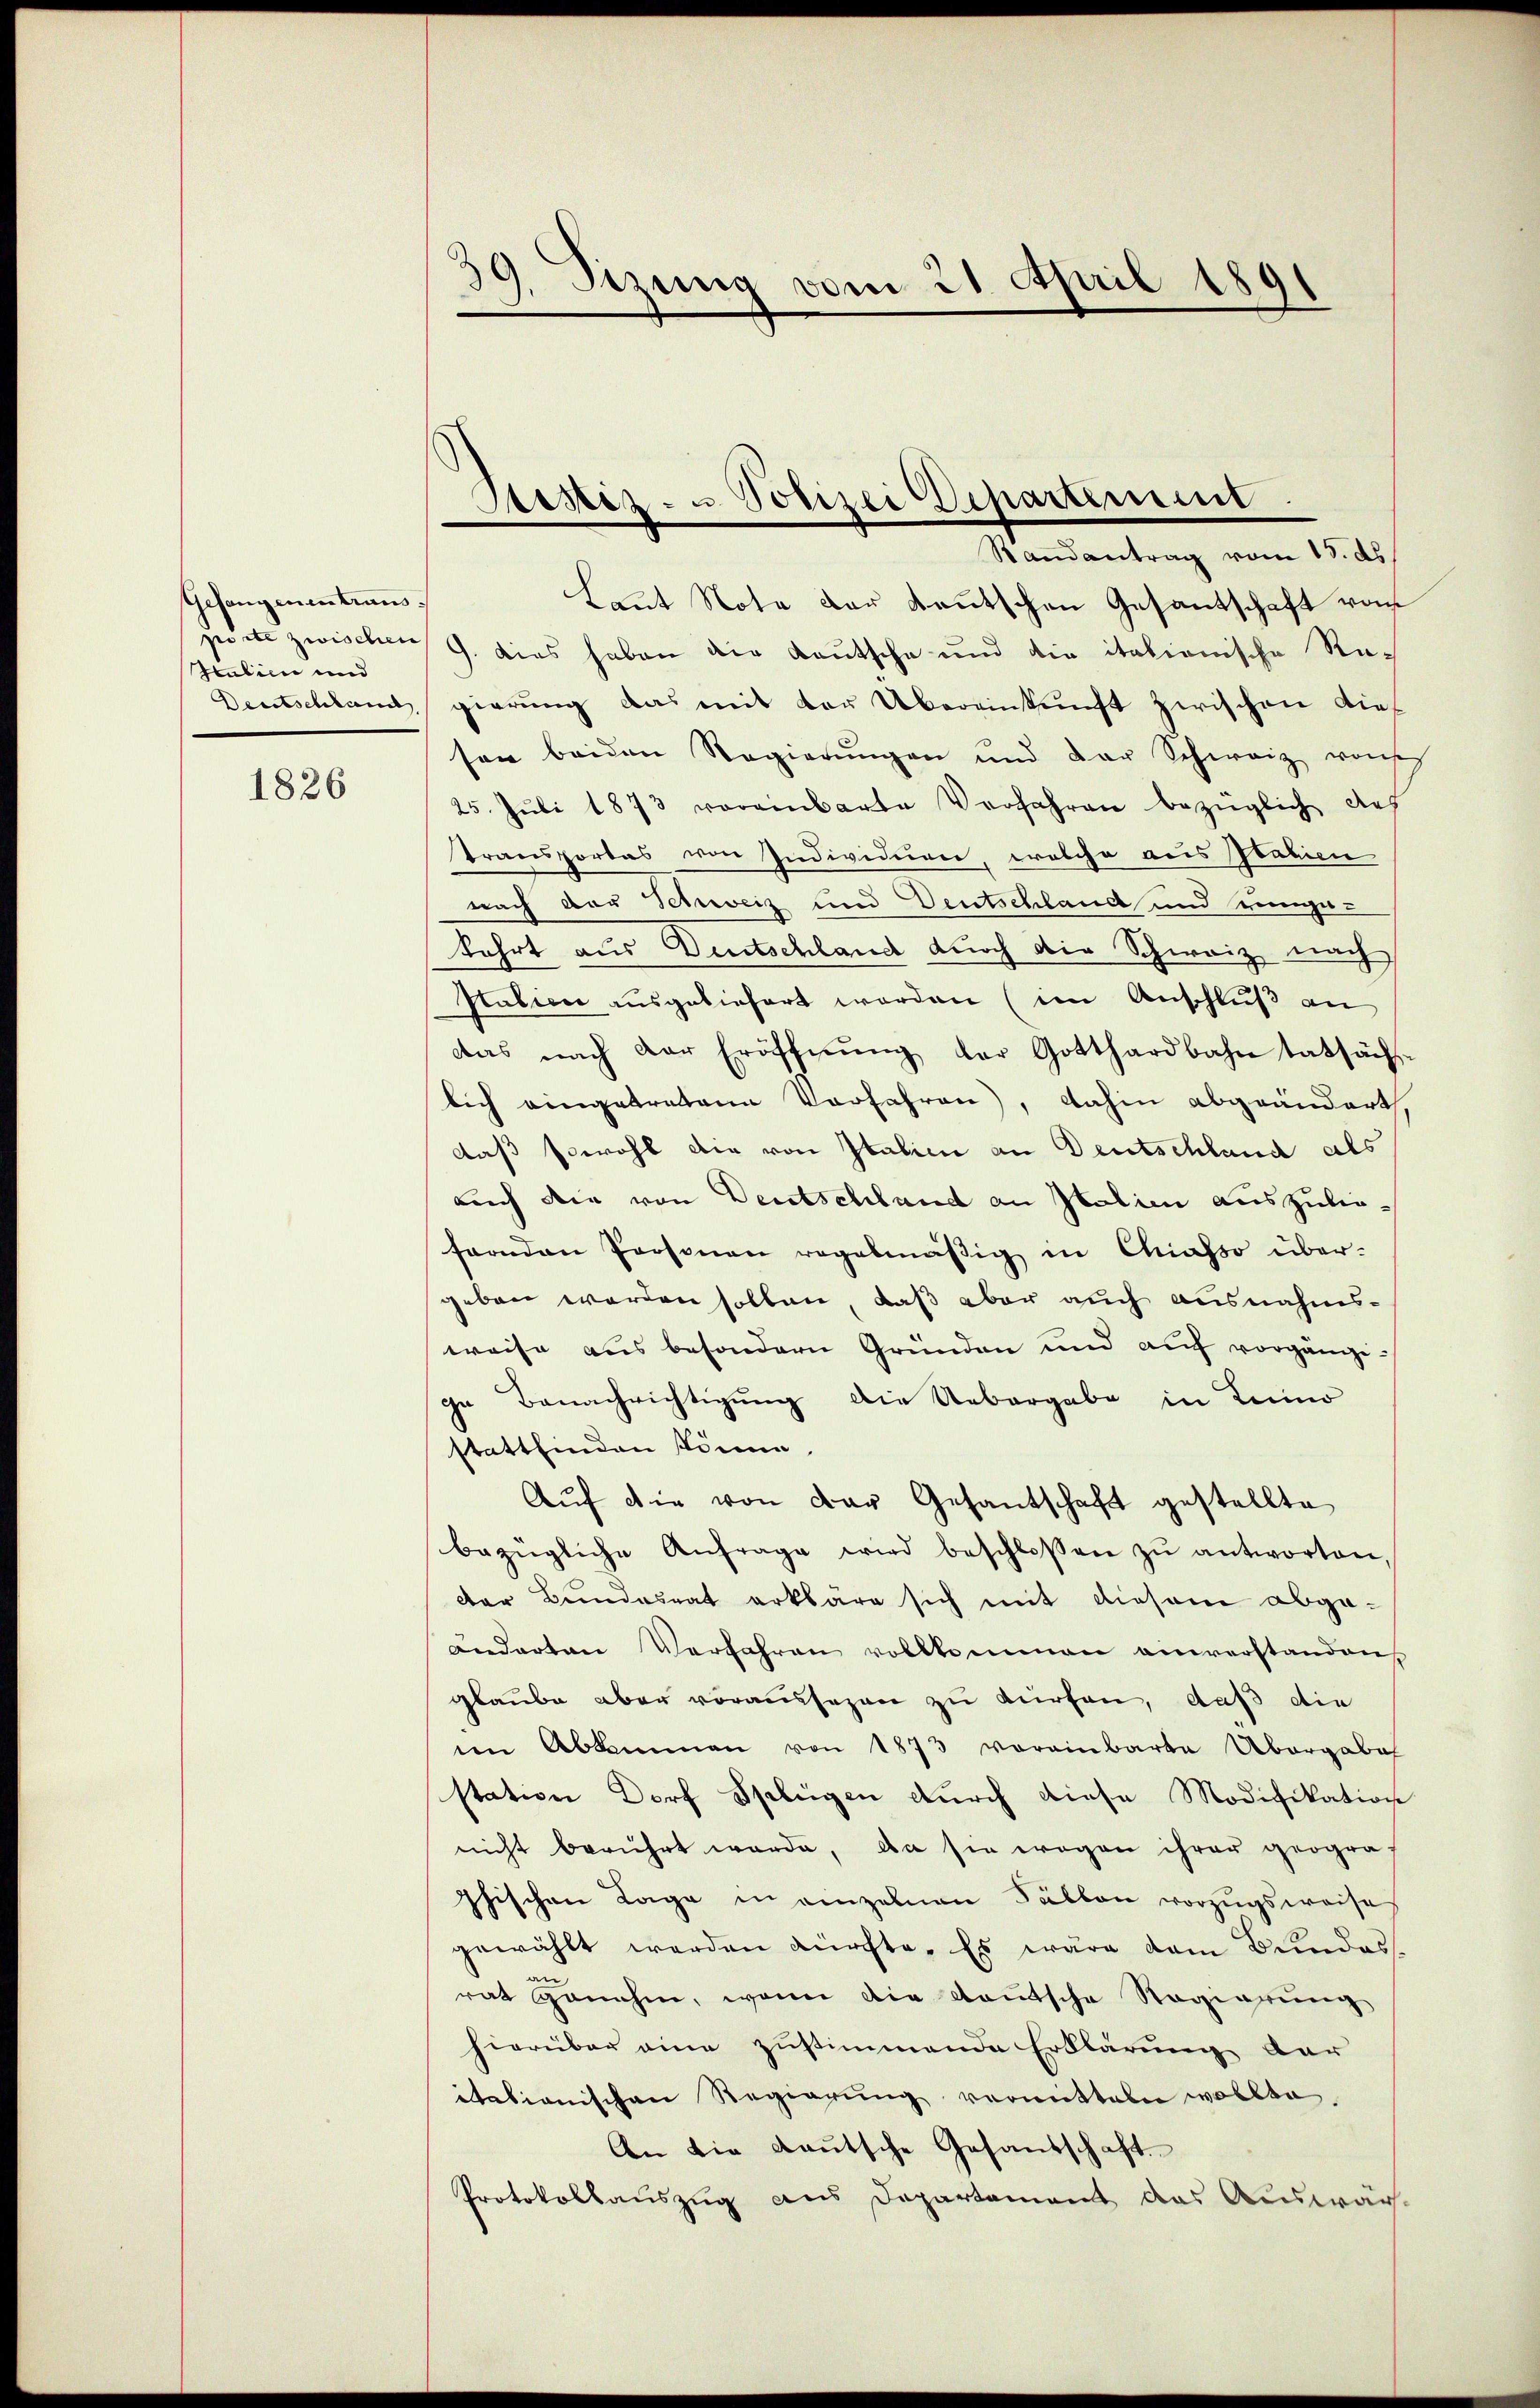
Gesangenentrans
Halien und

1826

d
39. Sizung vom 21. April 1891

Randantrag vom 13. ds.
Laut Note der deutschen Gesandtschaft vom
zeite zwischen 9. dies haben die Kautsche und die italienische Re-
Deutschland gierung das mit der Übereinkunft zwischen Dieson beiden Regierŭngen und der Schweiz vonses
25. Jŭli 1873 voreinbarte Verfahren bezüglich des
Transportas von Individuen, welche aus Italien
nach der Schweiz und Deutschland und ringe-
kehrt aus Deutschland durch die Schweiz nach
Ptalien ausgeliefert worden (im Anschluß an
das nach der Eröffnŭng der Gotthardbahn tatsäch-
lich eingetretene Verfahren), dahin abgeändert.
daß sowohl die von Italien an Deutschland als
Buch die von Deutschland an Italien auszulie-
fernden Personen regelmäßig in Chiasso übergeben werden sollen, daß aber auch ausnahmsweise aus besondern Gründen und auf vorgänge
ge Benachrichtigung die Uebergabe in Luino
stattfinden könne.
Aŭf die von der Gesantschaft gestellte
bezügliche Anfrage wird beschlossen zŭ antworten,
der Bundesrat erkläre sich mit diesem abgeänderten Verfahren vollkommen einverstanden,
glaube aber voraussagen zu dürfen, daß die
in Abkommen von 1873 voreinbarte Übergabe
station Dorf Splügen durch diese Modifikation
nicht berührt werde, da sie wegen ihrer geograf
phischen Lage in einzelnen Fällen vorzugsweise
gewählt werden dürfte. Es wäre dem Bundes
au
rat genahm, wenn die deutsche Regierung
hierüber eine zustimmende Erklärung dar
itationischen Regierŭng vermittalen wollte.
An die Lautsche Gesandschaft
Protokollauszug aus Departement das Auswär¬

Sistiz- u Polizei Departement